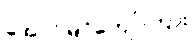
အောင်မြင်ကျော်ကြား